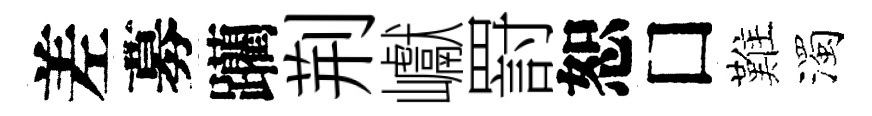
差募躪荆巘罸恕□難濁